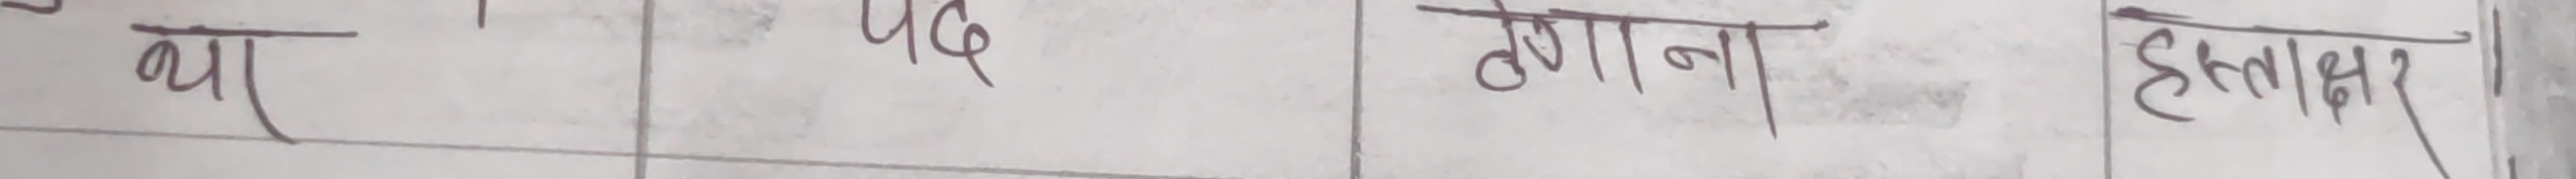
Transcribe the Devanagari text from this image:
था  पद  लुगाना हस्ताक्षर।